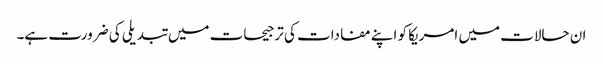
ان حالات میں امریکا کو اپنے مفادات کی ترجیحات میں تبدیلی کی ضرورت ہے۔